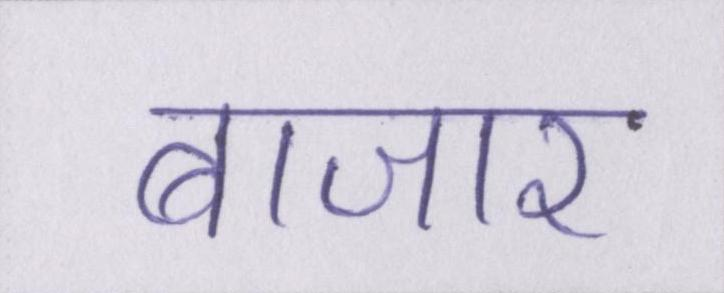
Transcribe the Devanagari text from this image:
बाजार